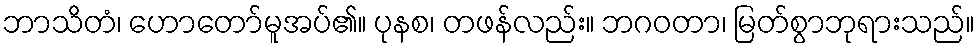
ဘာသိတံ၊ ဟောတော်မူအပ်၏။ ပုနစ၊ တဖန်လည်း။ ဘဂဝတာ၊ မြတ်စွာဘုရားသည်။